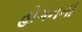
હોગનની